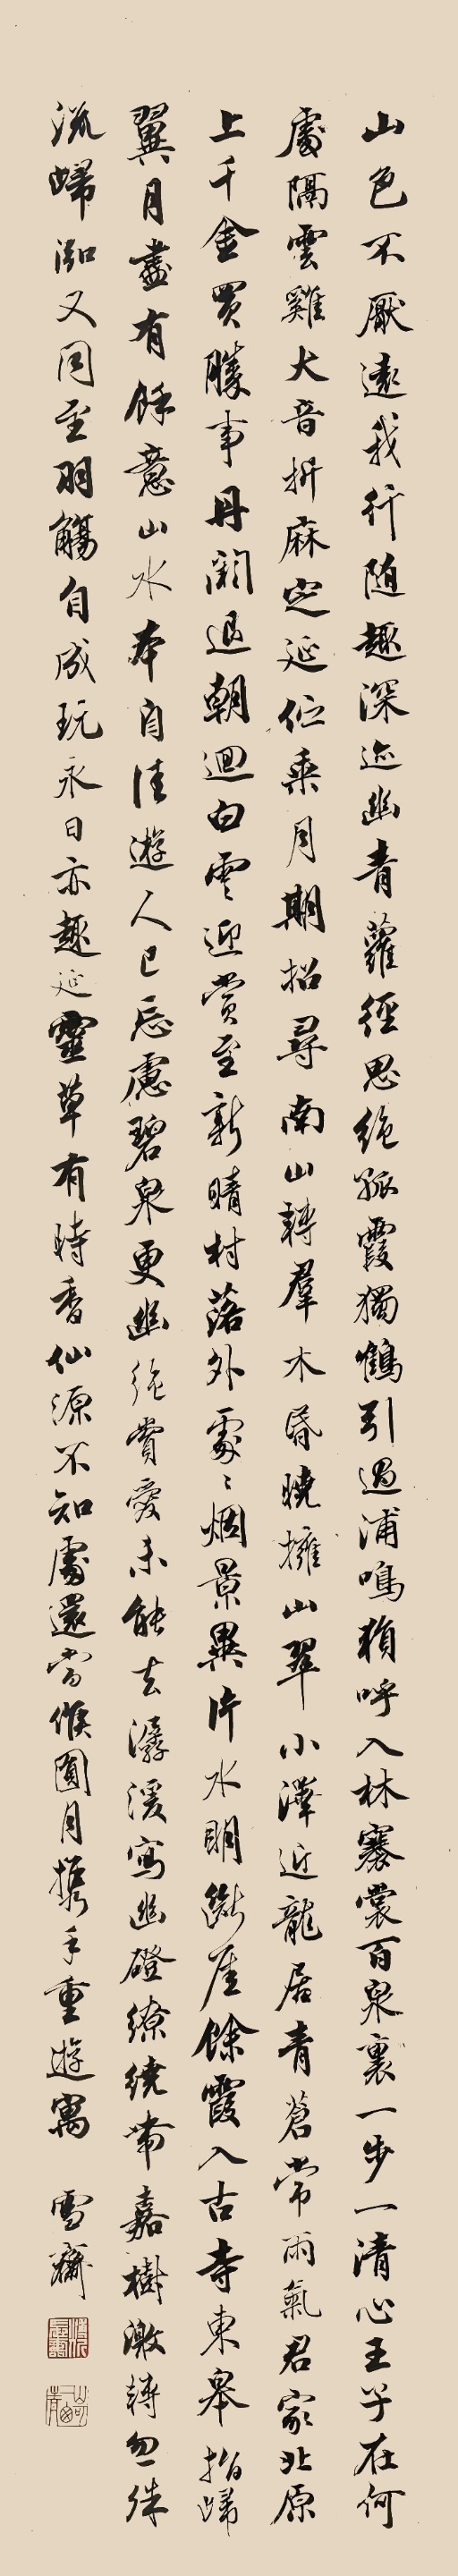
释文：山色不厌远，我行随处深。迹幽青萝径，思绝孤霞岑。独鹤引过浦，鸣猿呼入林。褰裳百泉里，一步一清心。王子在何处，隔云鸡犬音。折麻定延伫，乘月期招寻。南山转群木，昏晓拥山翠。小泽近龙居，清苍常雨气。君家北原上，千金买胜事。丹阙退朝回，白云迎赏至。新晴村落外，处处烟景异。片水明断岸，余霞入古寺。东皋指归翼，目尽有余意。山水本自佳，游人已忘虑。碧泉更幽绝，赏爱未能去。潺湲写幽磴，缭绕带嘉树。激转忽殊流，归泓又同注。羽觞自成玩，永日亦延趣。灵草有时香，仙源不知处。还当候圆月，携手重游寓。雪斋。